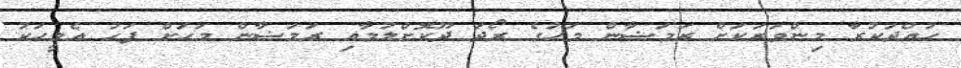
ހުއްދަކުރާ މިންވަރަކަށް ރަމަޟާން މަހުގެ ރޯދަ ދޫކޮށްލުމާއި ރަމަޟާން މަހަށް ފަހު އެމީހަކު